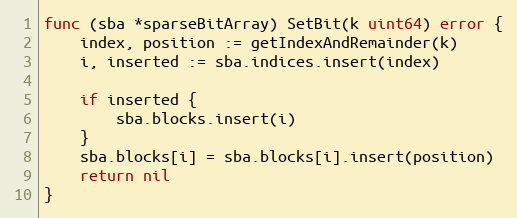
Language: Go
func (sba *sparseBitArray) SetBit(k uint64) error {
	index, position := getIndexAndRemainder(k)
	i, inserted := sba.indices.insert(index)

	if inserted {
		sba.blocks.insert(i)
	}
	sba.blocks[i] = sba.blocks[i].insert(position)
	return nil
}